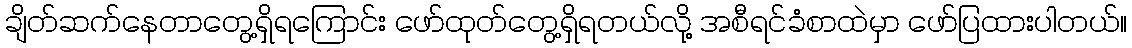
ချိတ်ဆက်နေတာတွေ့ရှိရကြောင်း ဖော်ထုတ်တွေ့ရှိရတယ်လို့ အစီရင်ခံစာထဲမှာ ဖော်ပြထားပါတယ်။